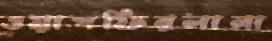
ওয়াগফিরলানা